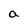
Character: a